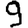
Digit: 9